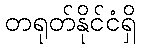
တရုတ်နိုင်ငံရှိ